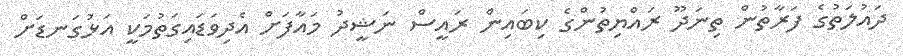
ދައުލަތުގެ ފަރާތުން ތިނަދޫ ރައްޔިތުންގެ ކިބައިން ރައީސް ނަޝީދު މައާފަށް އެދިވަޑައިގަތުމަކީ އަޅުގަނޑަށް